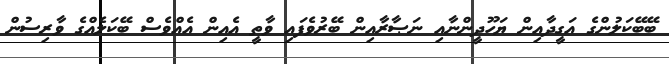
ބޭބޭކަލުންގެ އަގީދާއިން ޔަހޫދީންނާއި ނަޞާރާއިން ބޭރުވެފައި ވާތީ އެއިން އެއްވެސް ބޭކަލެއްގެ ވާރިސުން